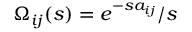
\Omega _ { i j } ( s ) = e ^ { - s a _ { i j } } / s